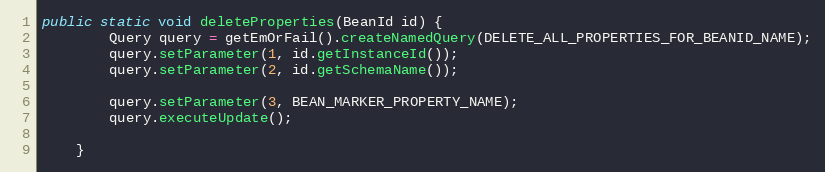
Language: Java
public static void deleteProperties(BeanId id) {
        Query query = getEmOrFail().createNamedQuery(DELETE_ALL_PROPERTIES_FOR_BEANID_NAME);
        query.setParameter(1, id.getInstanceId());
        query.setParameter(2, id.getSchemaName());

        query.setParameter(3, BEAN_MARKER_PROPERTY_NAME);
        query.executeUpdate();

    }